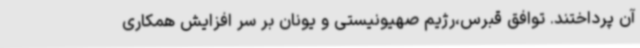
آن پرداختند. توافق قبرس،رژیم صهیونیستی و یونان بر سر افزایش همکاری